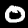
Digit: 0